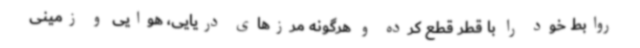
روابط خود را با قطر قطع کرده و هرگونه مرزهای دریایی، هوایی و زمینی